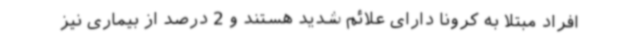
افراد مبتلا به کرونا دارای علائم شدید هستند و 2 درصد از بیماری نیز